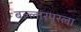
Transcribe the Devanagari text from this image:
बल्लारपूरला